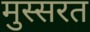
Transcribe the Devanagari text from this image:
मुस्सरत